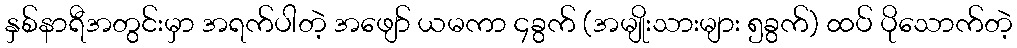
နှစ်နာရီအတွင်းမှာ အရက်ပါတဲ့ အဖျော် ယမကာ ၄ခွက် (အမျိုးသားများ ၅ခွက်) ထပ် ပိုသောက်တဲ့